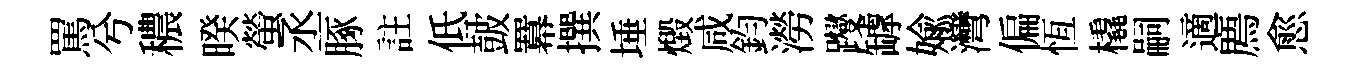
罵兮穠暌螢丞䐁註低皷羃撰埵燬咸鈞澇躞罅媮灣偏恆橇嗣適廌愈